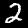
Digit: 2